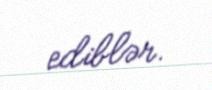
ediblər.